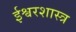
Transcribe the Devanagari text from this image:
ईश्वरशास्त्र